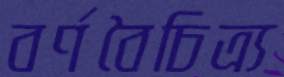
বর্ণবৈচিত্র্য